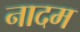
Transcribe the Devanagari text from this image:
नादम